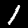
Label: 1